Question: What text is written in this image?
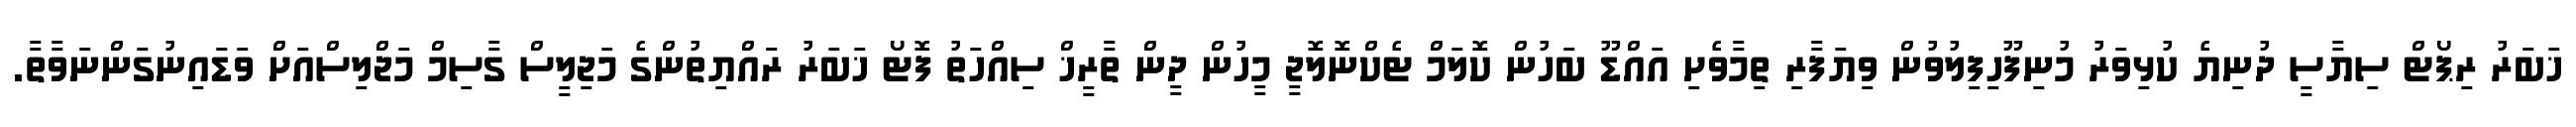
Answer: ޚަބަރު ރިޕޯޓް ސިޔާސީ ދުނިޔެ ކުޅިވަރު މުނިފޫހިފިލުވުން ވިޔަފާރި ތިމާވެށި އައްޑޫ ބަހުން ކޮލަމް ޓެކްނޮލޮޖީ މީހުން ދީން ތާރީޚް ސިއްހަތު ފޮޓޯ ޚަބަރު ރައްޔިތުންގެ މަޖިލީސް ގާސިމް މަޖްލިސްއަށް ވަޑައިނުގަންނަވާތާ.